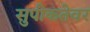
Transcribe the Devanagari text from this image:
सुपीकतेवर